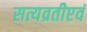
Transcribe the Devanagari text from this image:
सत्यव्रतीएवं